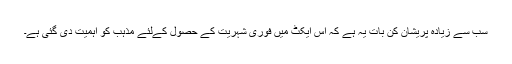
سب سے زیادہ پریشان کن بات یہ ہے کہ اس ایکٹ میں فوری شہریت کے حصول کےلئے مذہب کو اہمیت دی گئی ہے۔